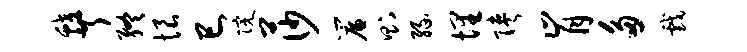
蛟芹终恨巳院莎帘则缘埋陕肯多戏